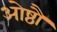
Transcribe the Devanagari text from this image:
ओष्ठौ